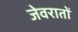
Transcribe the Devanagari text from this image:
जेवरातों